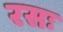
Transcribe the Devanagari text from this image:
रसः